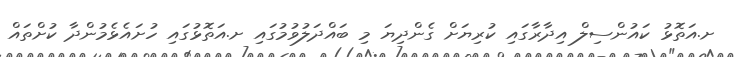
ށ.އަތޮޅު ކައުންސިލް އިދާރާގައި ކުރިޔަށް ގެންދިޔަ މި ބައްދަލުވުމުގައި ށ.އަތޮޅުގައި ހުށައެޅެމުންދާ ކުށްތައް